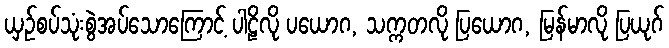
ယှဉ်စပ်သုံးစွဲအပ်သောကြောင့် ပါဠိလို ပယောဂ, သက္ကတလို ပြယောဂ, မြန်မာလို ပြယုဂ်